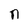
Character: n